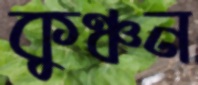
কুঞ্চন